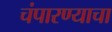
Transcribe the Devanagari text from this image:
चंपारण्याचा